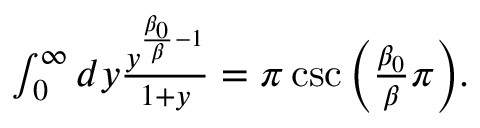
\begin{array} { r } { \int _ { 0 } ^ { \infty } d y \frac { y ^ { \frac { \beta _ { 0 } } { \beta } - 1 } } { 1 + y } = \pi \csc \Big ( \frac { \beta _ { 0 } } { \beta } \pi \Big ) . } \end{array}